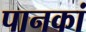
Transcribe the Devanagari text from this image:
पानकां